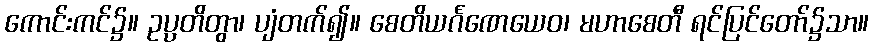
ကောင်းကင်၌။ ဥပ္ပတိတွာ၊ ပျံတက်၍။ စေတိယင်္ဂဏေယေဝ၊ မဟာစေတီ ရင်ပြင်တော်၌သာ။